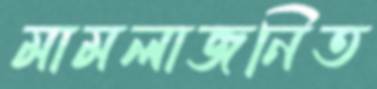
মামলাজনিত